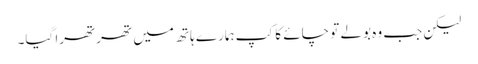
لیکن جب وہ بولے تو چائے کا کپ ہمارے ہاتھ میں تھرتھرا گیا۔